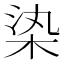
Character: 𣑱